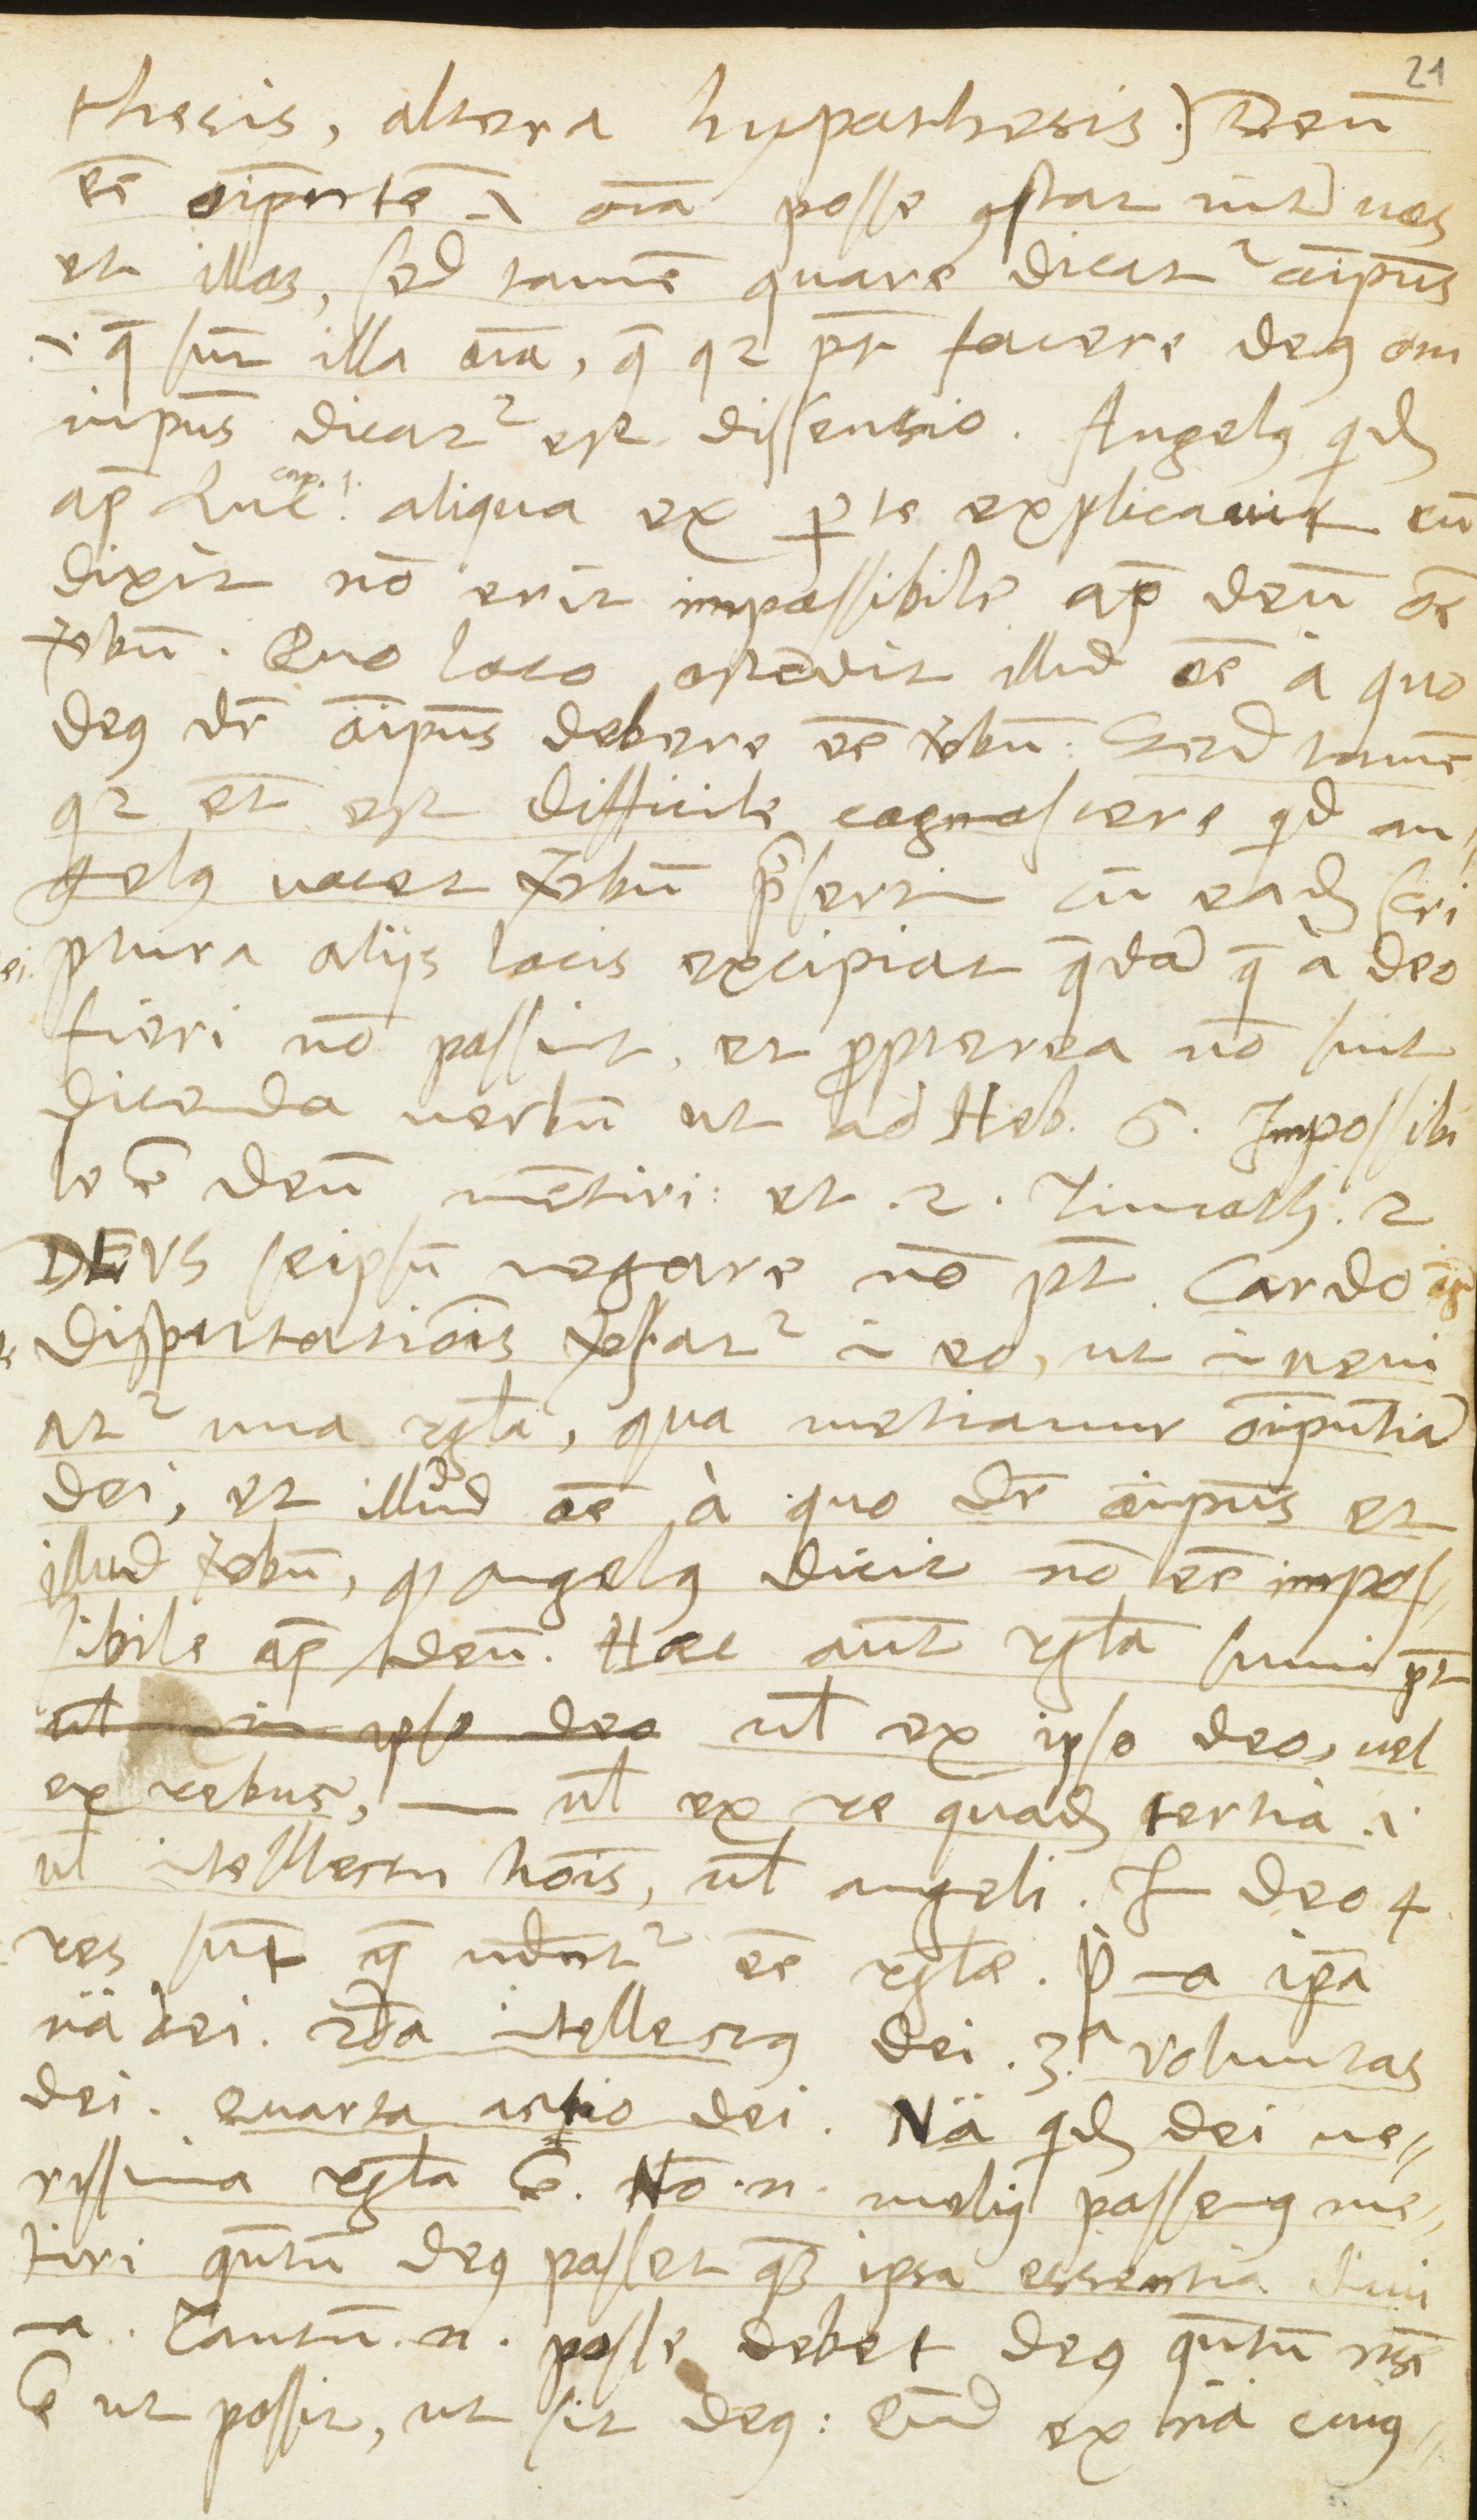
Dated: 1568–1568